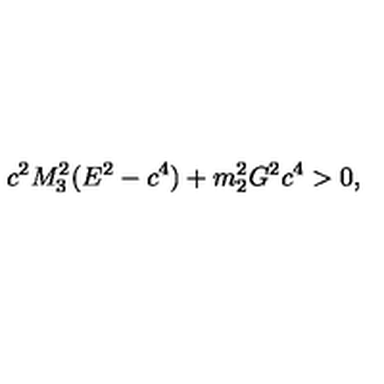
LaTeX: c ^ { 2 } M _ { 3 } ^ { 2 } ( E ^ { 2 } - c ^ { 4 } ) + m _ { 2 } ^ { 2 } G ^ { 2 } c ^ { 4 } > 0 ,